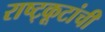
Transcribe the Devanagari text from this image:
राष्ट्कूटांची